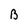
Character: B